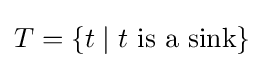
T=\{t\mid t{\text{ is a sink}}\}